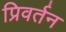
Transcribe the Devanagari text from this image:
प्रिवर्तन